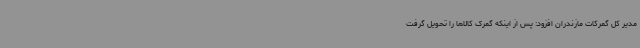
مدیر کل گمرکات مازندران افزود: پس از اینکه گمرک کالاها را تحویل گرفت